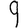
Digit: 9